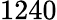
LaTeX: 1240